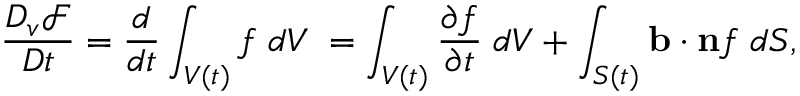
\frac { D _ { v } \mathcal { F } } { D t } = \frac { d } { d t } \int _ { V ( t ) } f \; d V \; = \int _ { V ( t ) } \frac { \partial f } { \partial t } \; d V + \int _ { S ( t ) } \mathbf { b } \cdot \mathbf { n } f \; d S ,